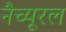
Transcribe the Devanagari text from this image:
नैच्यूरल